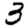
Digit: 3